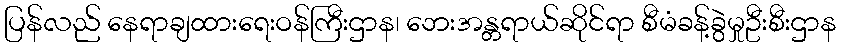
ပြန်လည် နေရာချထားရေးဝန်ကြီးဌာန၊ ဘေးအန္တရာယ်ဆိုင်ရာ စီမံခန့်ခွဲမှုဦးစီးဌာန